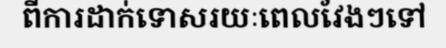
ពីការដាក់ទោសរយៈពេលវែងៗទៅ